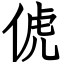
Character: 俿